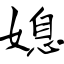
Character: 媳